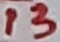
Text: 13